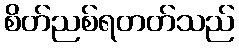
စိတ်ညစ်ရတတ်သည်